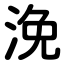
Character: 浼